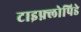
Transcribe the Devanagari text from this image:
टाइफ़्लोपिडे